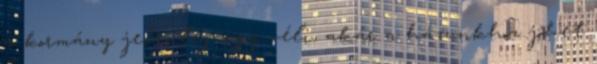
a kormány jelenleg úgy véli, akár a házunkhoz jöhet